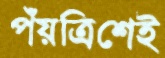
পঁয়ত্রিশেই